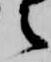
之